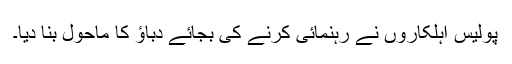
پولیس اہلکاروں نے رہنمائی کرنے کی بجائے دباؤ کا ماحول بنا دیا۔